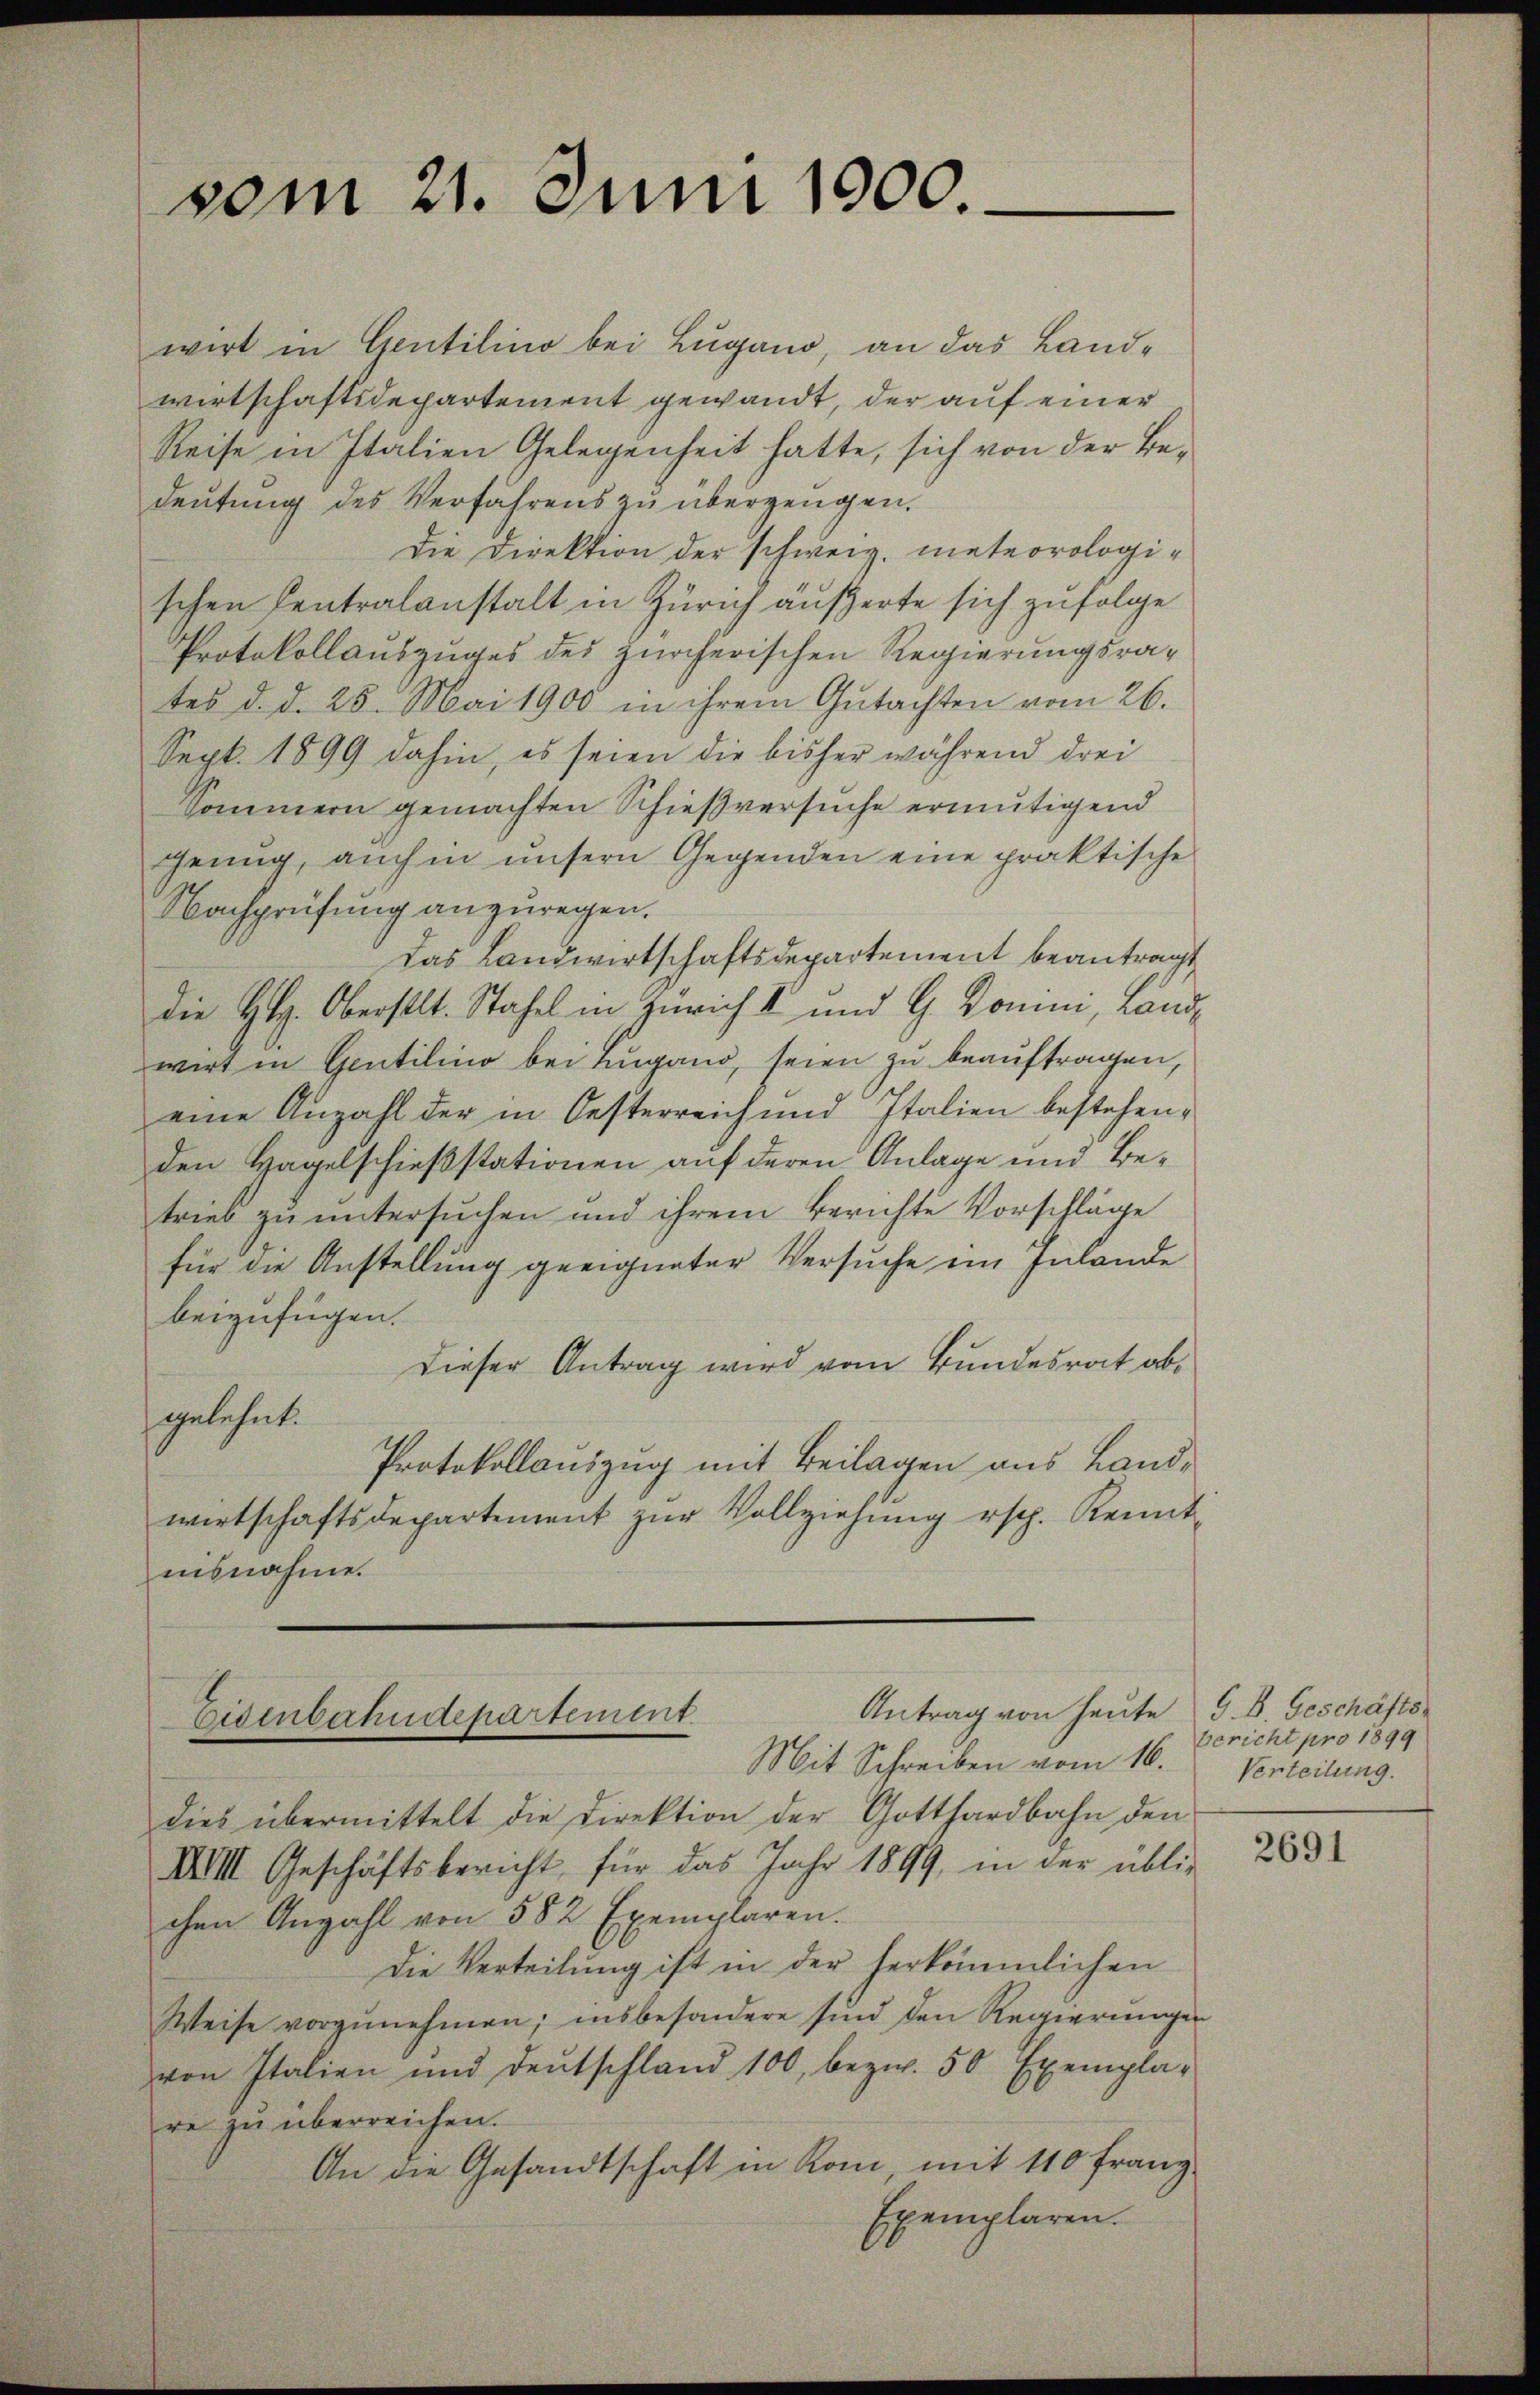
vom 21. Juni 1900.

wirt in Gentilino bei Lugano, an das Landwirtschaftsdepartement gewandt, der auf einer
Reise in Italien Gelegenheit hatte, sich von der Bedeutung des Verfahrens zu überzeugen.
Die Direktion der schweiz. meteorologi-
schen Centralanstalt in Zürich äußerte sich zufolge
Protokollauszuges des zürcherischen Regierungsrates d. d. 25. Mai 1900 in ihrem Gutachten vom 26.
Sept. 1899 dahin, es seien die bisher während drei
Sommern gemachten Schießversuche ermutigend
genug, auch in unsern Gegenden eine praktische
Nachprüfung anzuregen.
Das Landwirtschaftsdepartement beantragt
die H.H. Oberstl. Stahel in Zürich I und G. Bonini, Landwirt in Gentilino bei Lugano, seien zu beauftragen,
eine Anzahl der in Oesterreich und Italien bestehenden Hagelschießstationen auf deren Anlage und Betrieb zu untersuchen und ihrem Berichte Vorschläge
für die Anstellung geeigneter Versuche im Inlande
beizufügen.
Dieser Antrag wird vom Bundesrat abgelehnt.
Protokollauszug mit Beilagen aus Landwirtschaftsdepartement zŭr Vollziehŭng ersch. Kennt-
isnahme.

dies übermittelt die Direktion der Gotthardbahn den
XVIII. Geschäftsbericht für das Jahr 1899, in der übli-
chen Anzahl von 582 Exemplaren.
Die Verteilung ist in der herkömmlichen
Weise vorzŭnehmen; insbesondere sind den Regierungen
von Italien und deŭtschland 100, bezw. 50 Exempla-
re zu überreichen.
An die Gesandtschaft in Rom, mit 110 Franz
Exemplaren.

Antrag von heute G. B. Geschäfts¬
Eisenbahndepartement.
Mit Schreiben vom 16.

bericht pro 1899
Verteilung.

2691